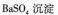
BaSO_{4}沉淀